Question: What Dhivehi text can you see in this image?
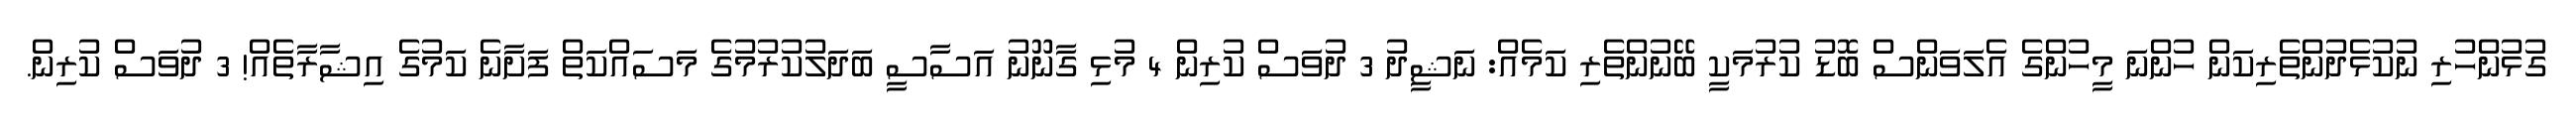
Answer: ގުޅުންހުރި ނުކުޅެދުންތެރިކަން ހުންނަ މީހުންގެ އެލަވަންސް ބޮޑު ކުރުމަކީ ބޭނުންތެރި ކަމެއް: ނަޝީދު 3 ދުވަސް ކުރިން 4 މުޅި ގާނޫނު އަސާސީ ބަދަލުކުރުމުގެ މަސައްކަތް ފަށާނެ ކަމުގެ އިޝާރާތެއް! 3 ދުވަސް ކުރިން.